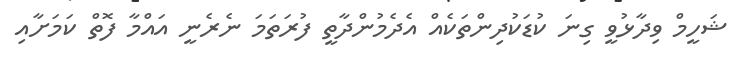
ޝަހީމް ވިދާޅުވީ ގިނަ ކުޑަކުދިންތަކެއް އެދެމުންދާތީ ފުރަތަމަ ނެރެނީ އައްމާ ފޮތް ކަމަށާއި